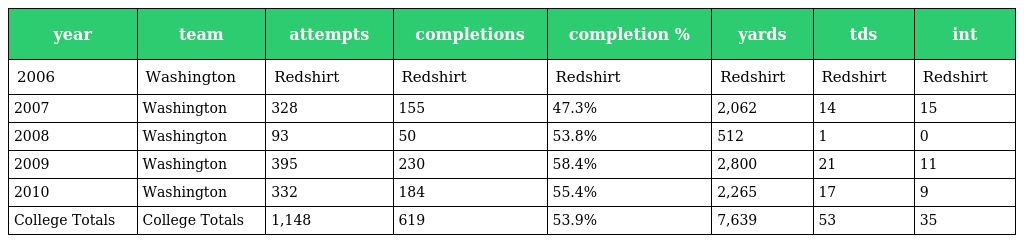
| year | team | attempts | completions | completion % | yards | tds | int |
 | --- | --- | --- | --- | --- | --- | --- | --- |
 | 2006 | Washington | Redshirt | Redshirt | Redshirt | Redshirt | Redshirt | Redshirt |
 | 2007 | Washington | 328 | 155 | 47.3% | 2,062 | 14 | 15 |
 | 2008 | Washington | 93 | 50 | 53.8% | 512 | 1 | 0 |
 | 2009 | Washington | 395 | 230 | 58.4% | 2,800 | 21 | 11 |
 | 2010 | Washington | 332 | 184 | 55.4% | 2,265 | 17 | 9 |
 | College Totals | College Totals | 1,148 | 619 | 53.9% | 7,639 | 53 | 35 |